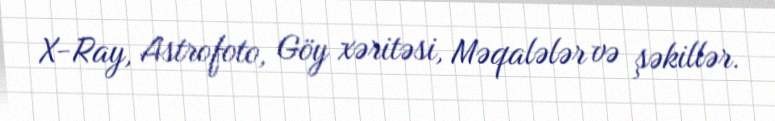
X-Ray, Astrofoto, Göy xəritəsi, Məqalələr və şəkillər.